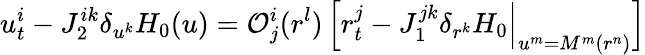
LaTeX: u_{t}^{i}-J_{2}^{ik}\delta_{u^{k}}H_{0}(u)={\cal O}_{j}^{i}(r^{l})\, \Big[r_{t}^{j}-J_{1}^{jk}\delta_{r^{k}}H_{0}\Big|_{u^{m}=M^{m}(r^{n})}\Big]